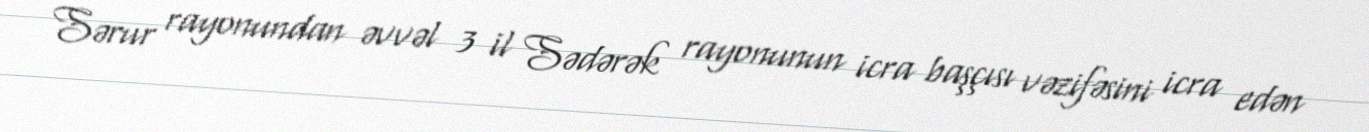
Sərur rayonundan əvvəl 3 il Sədərək rayonunun icra başçısı vəzifəsini icra edən